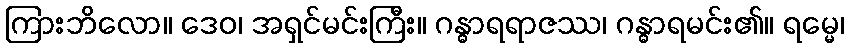
ကြားဘိလော။ ဒေဝ၊ အရှင်မင်းကြီး။ ဂန္ဓာရရာဇဿ၊ ဂန္ဓာရမင်း၏။ ရမ္မေ၊